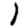
Digit: 1